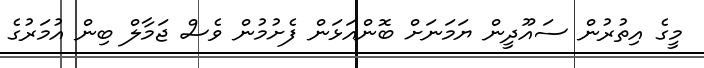
މީގެ އިތުރުން ސައޫދީން ޔަމަނަށް ބޮންއަޅަން ފެށުމުން ވެސް ޖަމާލް ބިން އުމަރުގެ